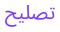
تصليح